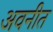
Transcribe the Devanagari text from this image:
अवनीत